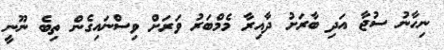
ނިހާނު ސުޖާ އަދި ބާރަށު ދާއިރާ މެމްބަރު ވަރަށް ވިސްނައިގެން ތިބެ ނޫނީ